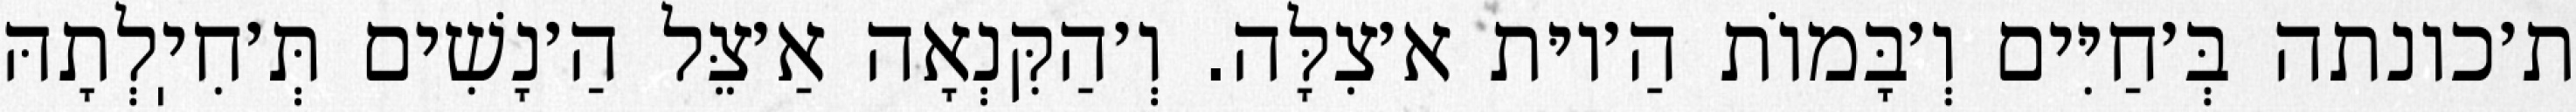
ת׳כונתה בְּ׳חַיִּים וְ׳בָּמוֹת הַ׳יוּת א׳צִלָּה. וְ׳הַקִּנְאָה אַ׳צֵּל הַ׳נָשִׁים תְּ׳חִיֽלְתָהּ